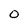
Character: O